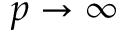
p \rightarrow \infty